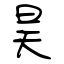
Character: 昊